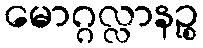
မောဂ္ဂလ္လာနဉ္စ